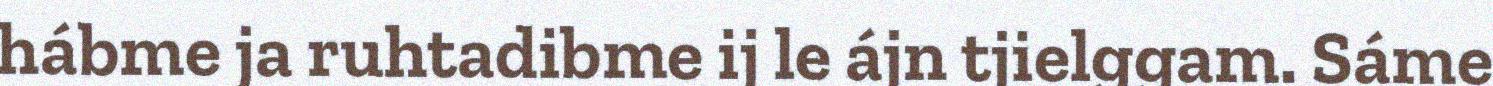
hábme ja ruhtadibme ij le ájn tjielggam. Sáme